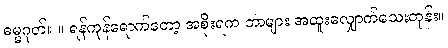
ဓမ္မဂုတ်။ ။ ရန်ကုန်ရောက်တော့ အစိုးရက ဘာများ အထူးလျှောက်သေးတုန်း။